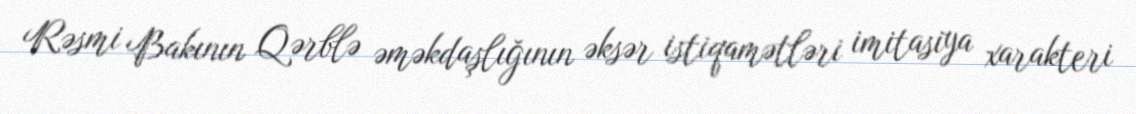
Rəsmi Bakının Qərblə əməkdaşlığının əksər istiqamətləri imitasiya xarakteri